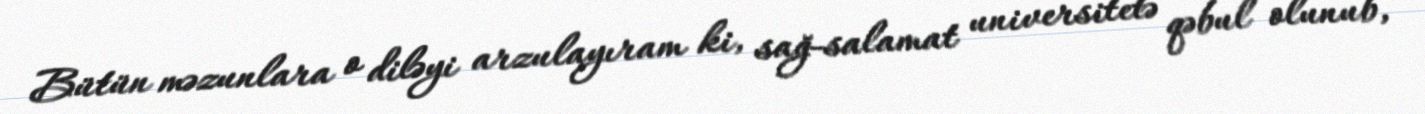
Bütün məzunlara o diləyi arzulayıram ki, sağ-salamat universitetə qəbul olunub,